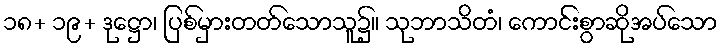
၁၈+ ၁၉+ ဒုဋ္ဌော၊ ပြစ်မှားတတ်သောသူ၌။ သုဘာသိတံ၊ ကောင်းစွာဆိုအပ်သော